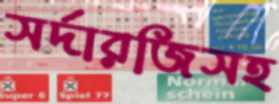
সর্দারজিসহ